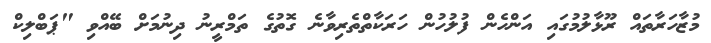
މުޒާހަރާތައް ރޫޅާލުމުގައި އަންހެން ފުލުހުން ހަރަކާތްތެރިވާނެ ގޮތުގެ ތަމްރީނު ދިނުމަށް ބޭއްވި "ޕަބްލިކް